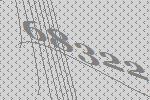
68322